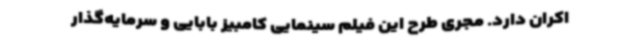
اکران دارد. مجری طرح این فیلم سینمایی کامبیز بابایی و سرمایه‌گذار